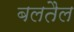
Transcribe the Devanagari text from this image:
बलतैल